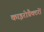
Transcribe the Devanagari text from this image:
काइरोप्रैक्टरों